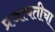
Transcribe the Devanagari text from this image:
प्रजापतीचा